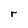
Character: r